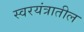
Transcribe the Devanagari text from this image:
स्वरयंत्रातील